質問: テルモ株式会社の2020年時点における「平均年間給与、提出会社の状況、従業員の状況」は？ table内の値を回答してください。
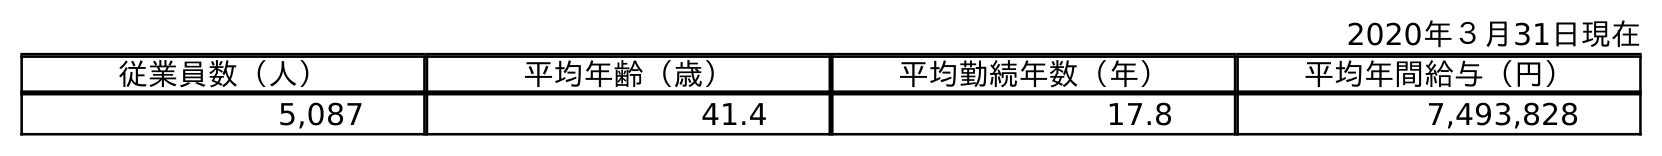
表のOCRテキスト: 2020年３月31日現在 従業員数（人） 平均年齢（歳） 平均勤続年数（年） 平均年間給与（円） 5,087 41.4 17.8 7,493,828
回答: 7,493,828